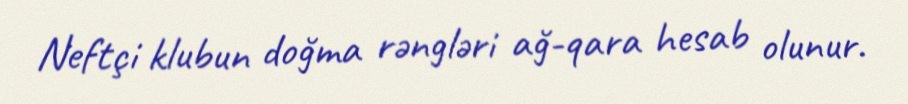
Neftçi klubun doğma rəngləri ağ-qara hesab olunur.